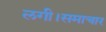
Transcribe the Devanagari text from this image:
लगी।समाचार